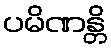
ပမိဏန္တိ